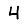
Digit: 4